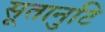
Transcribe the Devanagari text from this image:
सूतानुटि